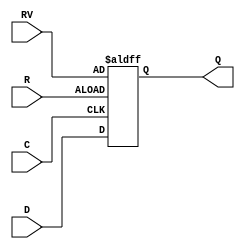
module test(input D, C, R, RV,
            output reg Q);
    always @(posedge C, posedge R)
        if (R)
	    Q <= RV;
	else
	    Q <= D;
endmodule